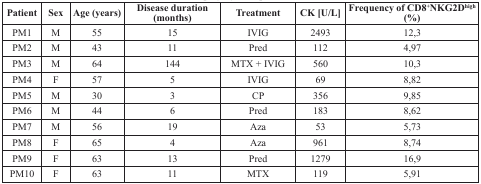
<table><thead><tr><td><b>Patient</b></td><td><b>Sex</b></td><td><b>Age (years)</b></td><td><b>Disease duration (months)</b></td><td><b>Treatment</b></td><td><b>CK [U/L]</b></td><td><b>Frequency of CD8<sup>+</sup>NKG2D<sup>high</sup> (%)</b></td></tr></thead><tbody><tr><td>PM1</td><td>M</td><td>55</td><td>15</td><td>IVIG</td><td>2493</td><td>12,3</td></tr><tr><td>PM2</td><td>M</td><td>43</td><td>11</td><td>Pred</td><td>112</td><td>4,97</td></tr><tr><td>PM3</td><td>M</td><td>64</td><td>144</td><td>MTX + IVIG</td><td>560</td><td>10,3</td></tr><tr><td>PM4</td><td>F</td><td>57</td><td>5</td><td>IVIG</td><td>69</td><td>8,82</td></tr><tr><td>PM5</td><td>M</td><td>30</td><td>3</td><td>CP</td><td>356</td><td>9,85</td></tr><tr><td>PM6</td><td>M</td><td>44</td><td>6</td><td>Pred</td><td>183</td><td>8,62</td></tr><tr><td>PM7</td><td>M</td><td>56</td><td>19</td><td>Aza</td><td>53</td><td>5,73</td></tr><tr><td>PM8</td><td>F</td><td>65</td><td>4</td><td>Aza</td><td>961</td><td>8,74</td></tr><tr><td>PM9</td><td>F</td><td>63</td><td>13</td><td>Pred</td><td>1279</td><td>16,9</td></tr><tr><td>PM10</td><td>F</td><td>63</td><td>11</td><td>MTX</td><td>119</td><td>5,91</td></tr></tbody></table>